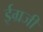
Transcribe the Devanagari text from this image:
ईग्रजी